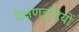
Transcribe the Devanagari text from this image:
प्रेक्षणत्रुटियों